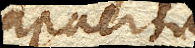
capacitas